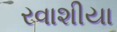
રવાશીયા